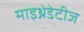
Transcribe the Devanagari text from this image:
माइथ्रेडेटीज